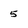
Character: 5